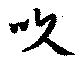
吹